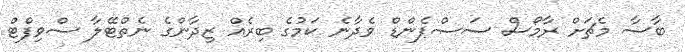
ބާސާ މެޗަށް ރާމޯސް ސަސްޕެންޑް ވެދާނެ ކަމުގެ ބިރެއް ޒިދާންގެ ނެތްޓޭލާ ސްވިފްޓް